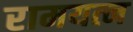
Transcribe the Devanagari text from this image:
रामयत्न